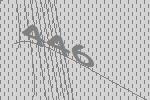
446